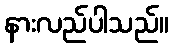
နားလည်ပါသည်။